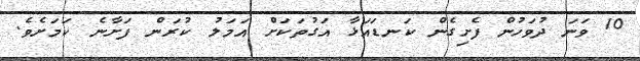
10 ވަނަ ދުވަހުން ފެށިގެން ކަނޑައަޅާ އަގުތަކަށް އަމަލު ކުރަން ފަށާނެ ކަމަށެވެ.